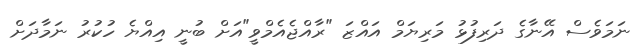
ނަމަވެސް އޭނާގެ ދަރިފުޅު މަރިޔަމް އައްޒަ "ރާއްޖެއެމްވީ"އަށް ބުނީ އިއްޔެ ހުކުރު ނަމާދަށް